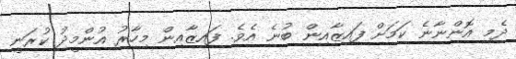
ދެމި އޮންނާނެ ކަމަށް ފައިޒާއިން ބުނެ އެވެ. ފައިޒާއިން މިހާރު އުންމީދު ކުރަނީ